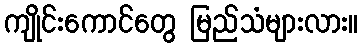
ကျိုင်းကောင်တွေ မြည်သံများလား။